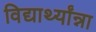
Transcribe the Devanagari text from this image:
विद्यार्थ्यांन्ना